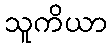
သူကိယာ